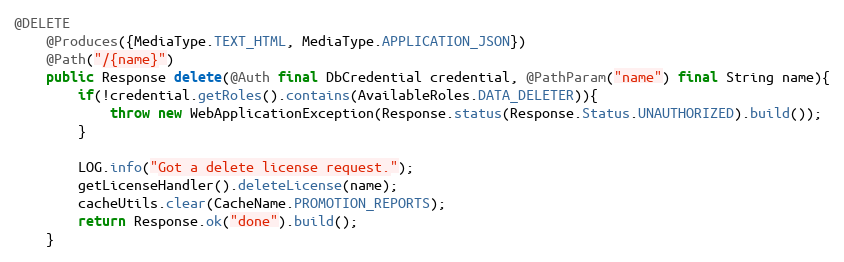
Language: Java
@DELETE
    @Produces({MediaType.TEXT_HTML, MediaType.APPLICATION_JSON})
    @Path("/{name}")
    public Response delete(@Auth final DbCredential credential, @PathParam("name") final String name){
        if(!credential.getRoles().contains(AvailableRoles.DATA_DELETER)){
            throw new WebApplicationException(Response.status(Response.Status.UNAUTHORIZED).build());
        }

        LOG.info("Got a delete license request.");
        getLicenseHandler().deleteLicense(name);
        cacheUtils.clear(CacheName.PROMOTION_REPORTS);
        return Response.ok("done").build();
    }